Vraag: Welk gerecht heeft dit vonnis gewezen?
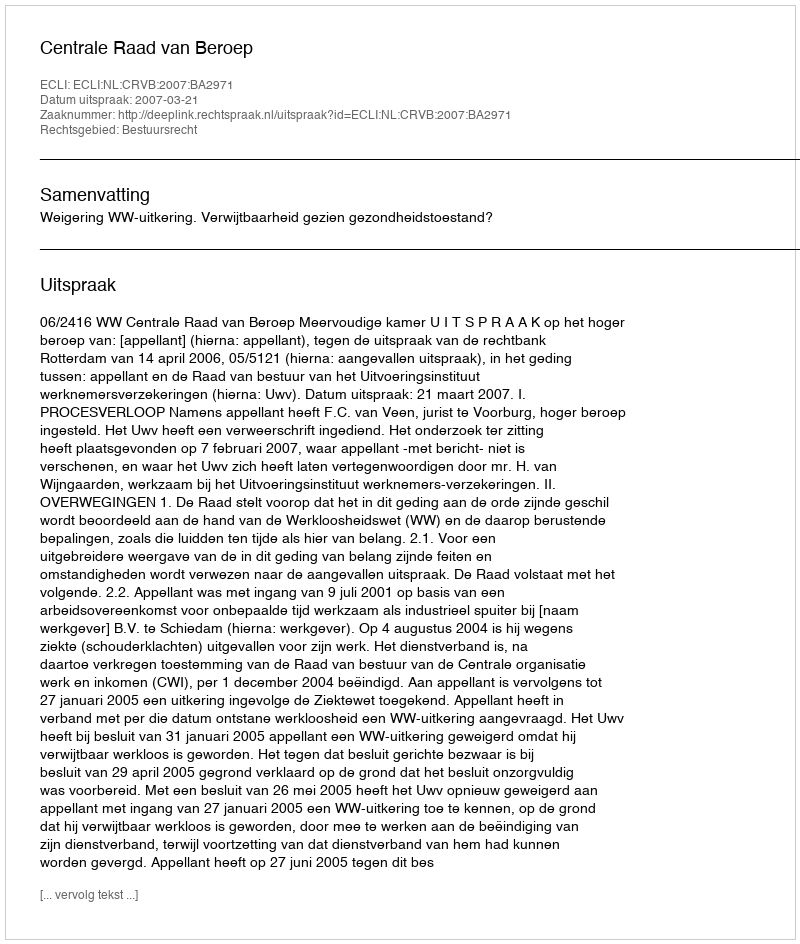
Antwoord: Centrale Raad van Beroep